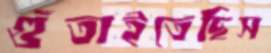
গুঁতাইতেছিস